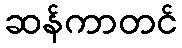
ဆန်ကာတင်